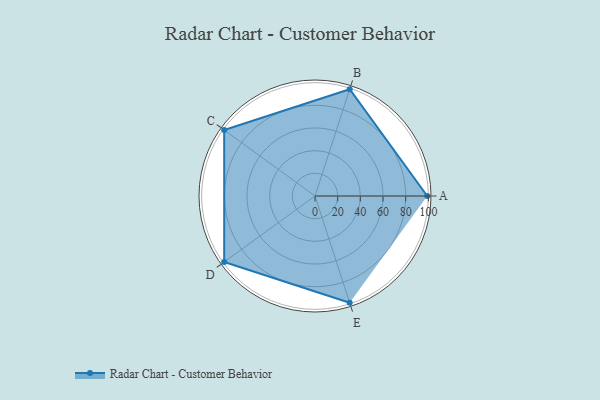
{"axis": {"x": "Skill", "y": "Score"}, "legend": ["Profile"], "data": [{"x": "A", "y": 99.0, "type": "Profile"}, {"x": "B", "y": 99, "type": "Profile"}, {"x": "C", "y": 99, "type": "Profile"}, {"x": "D", "y": 99, "type": "Profile"}, {"x": "E", "y": 99, "type": "Profile"}]}